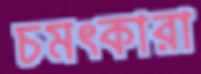
চমৎকারা